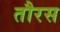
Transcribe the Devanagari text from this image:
तौरस